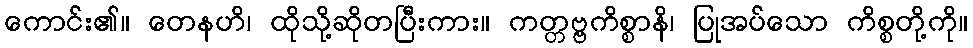
ကောင်း၏။ တေနဟိ၊ ထိုသို့ဆိုတပြီးကား။ ကတ္တဗ္ဗကိစ္စာနိ၊ ပြုအပ်သော ကိစ္စတို့ကို။